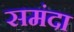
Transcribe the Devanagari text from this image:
समंदा